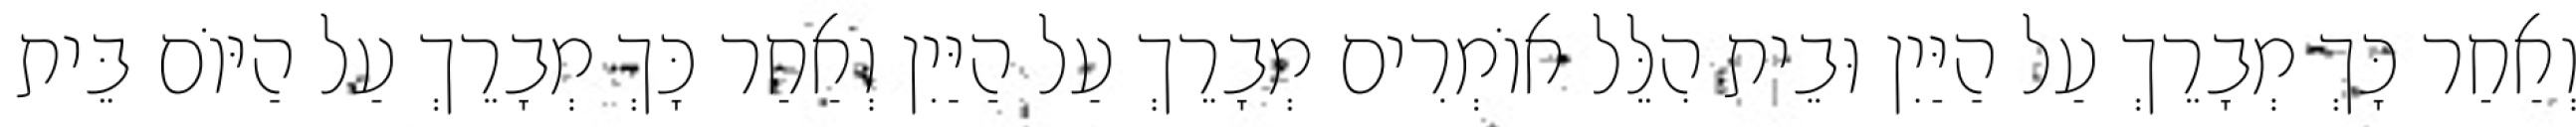
וְאַחַר כָּךְ מְבָרֵךְ עַל הַיַּיִן וּבֵית הִלֵּל אוֹמְרִים מְבָרֵךְ עַל הַיַּיִן וְאַחַר כָּךְ מְבָרֵךְ עַל הַיּוֹם בֵּית